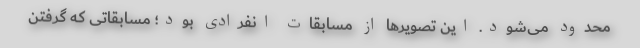
محدود می‌شود. این تصویرها از مسابقات انفرادی بود؛ مسابقاتی که گرفتن